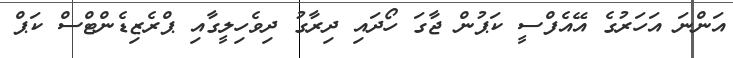
އަންނަ އަހަރުގެ އޭއެފްސީ ކަޕުން ޖާގަ ހޯދައި ދިރާގު ދިވެހިލީގާއި ޕްރެޒިޑެންޓްސް ކަޕް